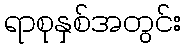
ရာစုနှစ်အတွင်း